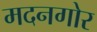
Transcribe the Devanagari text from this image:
मदनगोर